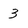
Character: 3